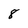
Character: 8